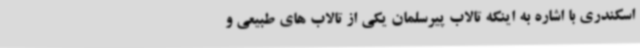
اسکندری با اشاره به اینکه تالاب پیرسلمان یکی از تالاب های طبیعی و